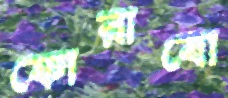
ফোরাবো